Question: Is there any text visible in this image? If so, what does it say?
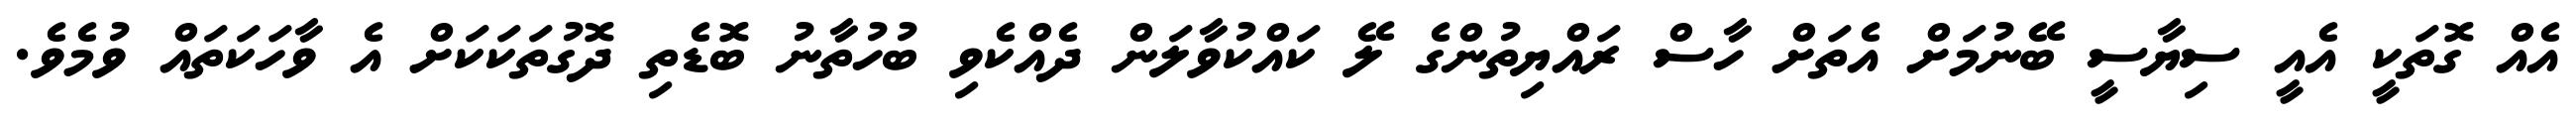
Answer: އެއް ގޮތަކީ އެއީ ސިޔާސީ ބޭނުމަށް އެތަށް ހާސް ރައްޔިތުންގެ ލޭ ކައްކުވާލަން ދެއްކެވި ބުހުތާނު ބޮޑެތި ދޮގުތަކަކަށް އެ ވާހަކަތައް ވުމެވެ.